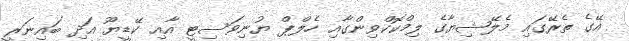
އޭގެ ތެރޭގައި މެލޭޝިޔާގެ ލިމްކޮކްވިންގާއި ހެލްޕް ޔުނިވަސިޓީ އާއި ކޭޑީޔޫ އަދި ބައިނަރީ